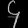
Digit: ၄